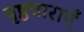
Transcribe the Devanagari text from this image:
पृष्ठधाराएँ